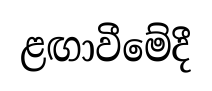
ළඟාවීමේදී